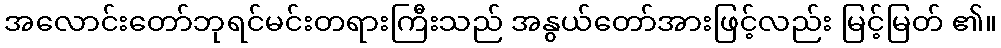
အလောင်းတော်ဘုရင်မင်းတရားကြီးသည် အနွယ်တော်အားဖြင့်လည်း မြင့်မြတ် ၏။